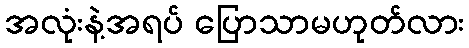
အလုံးနဲ့အရပ် ပြောသာမဟုတ်လား